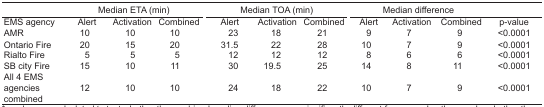
<table><thead><tr><td></td><td colspan="3"><b>Median ETA (min)</b></td><td colspan="3"><b>Median TOA (min)</b></td><td colspan="3"><b>Median difference</b></td><td></td></tr><tr><td><b>EMS agency</b></td><td><b>Alert</b></td><td><b>Activation</b></td><td><b>Combined</b></td><td><b>Alert</b></td><td><b>Activation</b></td><td><b>Combined</b></td><td><b>Alert</b></td><td><b>Activation</b></td><td><b>Combined</b></td><td><b>p-value</b></td></tr></thead><tbody><tr><td>AMR</td><td>10</td><td>10</td><td>10</td><td>23</td><td>18</td><td>21</td><td>9</td><td>7</td><td>9</td><td>&lt;0.0001</td></tr><tr><td>Ontario Fire</td><td>20</td><td>15</td><td>20</td><td>31.5</td><td>22</td><td>28</td><td>10</td><td>7</td><td>9</td><td>&lt;0.0001</td></tr><tr><td>Rialto Fire</td><td>5</td><td>5</td><td>5</td><td>12</td><td>12</td><td>12</td><td>8</td><td>6</td><td>6</td><td>&lt;0.0001</td></tr><tr><td>SB city Fire</td><td>15</td><td>10</td><td>11</td><td>30</td><td>19.5</td><td>25</td><td>14</td><td>8</td><td>11</td><td>&lt;0.0001</td></tr><tr><td>All 4 EMS agencies combined</td><td>12</td><td>10</td><td>10</td><td>24</td><td>18</td><td>22</td><td>10</td><td>7</td><td>9</td><td>&lt;0.0001</td></tr></tbody></table>